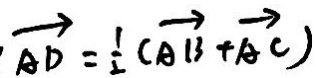
\overrightarrow { A D } = \frac { 1 } { 2 } ( \overrightarrow { A B } + \overrightarrow { A C } )